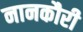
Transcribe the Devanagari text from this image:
नानकौरी